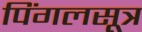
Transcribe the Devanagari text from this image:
पिंगलसूत्र